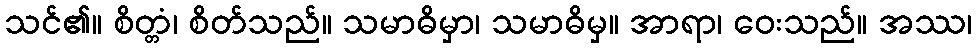
သင်၏။ စိတ္တံ၊ စိတ်သည်။ သမာဓိမှာ၊ သမာဓိမှ။ အာရာ၊ ဝေးသည်။ အဿ၊